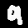
Digit: 9